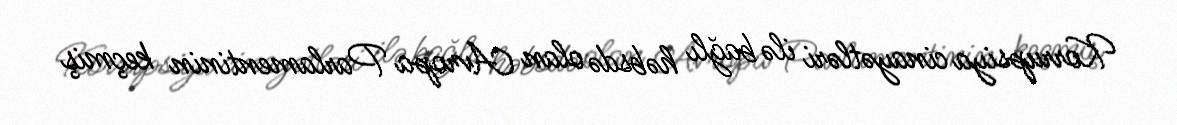
Korrupsiya cinayətləri ilə bağlı həbsdə olan Avropa Parlamentinin keçmiş